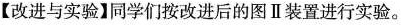
【改进与实验】同学们按改进后的图Ⅱ装置进行实验。